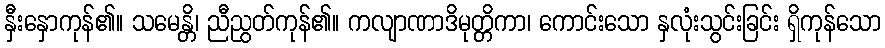
နှီးနှောကုန်၏။ သမေန္တိ၊ ညီညွတ်ကုန်၏။ ကလျာဏာဒိမုတ္တိကာ၊ ကောင်းသော နှလုံးသွင်းခြင်း ရှိကုန်သော